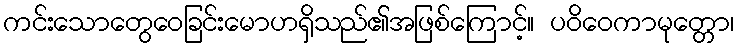
ကင်းသောတွေဝေခြင်းမောဟရှိသည်၏အဖြစ်ကြောင့်။ ပဝိဝေကာမုတ္တော၊